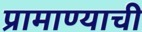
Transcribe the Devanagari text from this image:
प्रामाण्याची